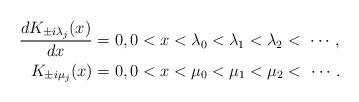
LaTeX: \begin{align*} \frac{dK_{\pm i\lambda_j}(x)}{dx}&=0, 0<x<\lambda_0<\lambda_1<\lambda_2<\ \cdots, \\ K_{\pm i\mu_j}(x)&=0, 0<x<\mu_0<\mu_1<\mu_2<\ \cdots. \end{align*}